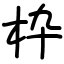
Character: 枠